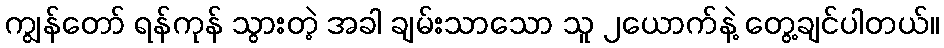
ကျွန်တော် ရန်ကုန် သွားတဲ့ အခါ ချမ်းသာသော သူ ၂ယောက်နဲ့ တွေ့ချင်ပါတယ်။